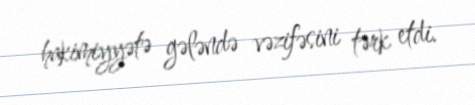
hakimiyyətə gələndə vəzifəsini tərk etdi.